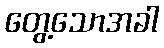
တွေ့သောအခါ